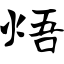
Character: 焐